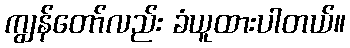
ကျွန်တော်လည်း ခံယူထားပါတယ်။